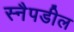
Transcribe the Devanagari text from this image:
स्नैपडील